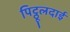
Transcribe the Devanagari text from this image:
पिट्ठूलदाई